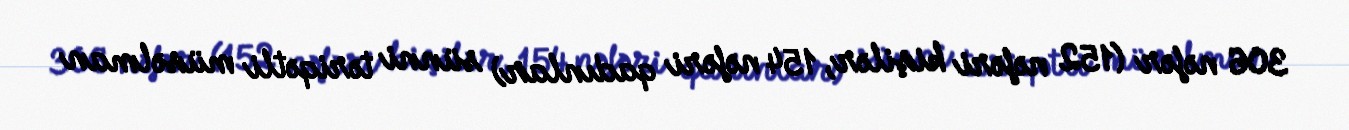
306 nəfər (152 nəfəri kişilər, 154 nəfəri qadınlar) sünni təriqətli müsəlman